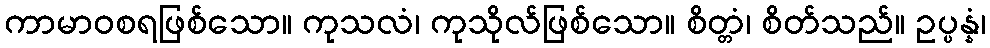
ကာမာဝစရဖြစ်သော။ ကုသလံ၊ ကုသိုလ်ဖြစ်သော။ စိတ္တံ၊ စိတ်သည်။ ဥပ္ပန္နံ၊